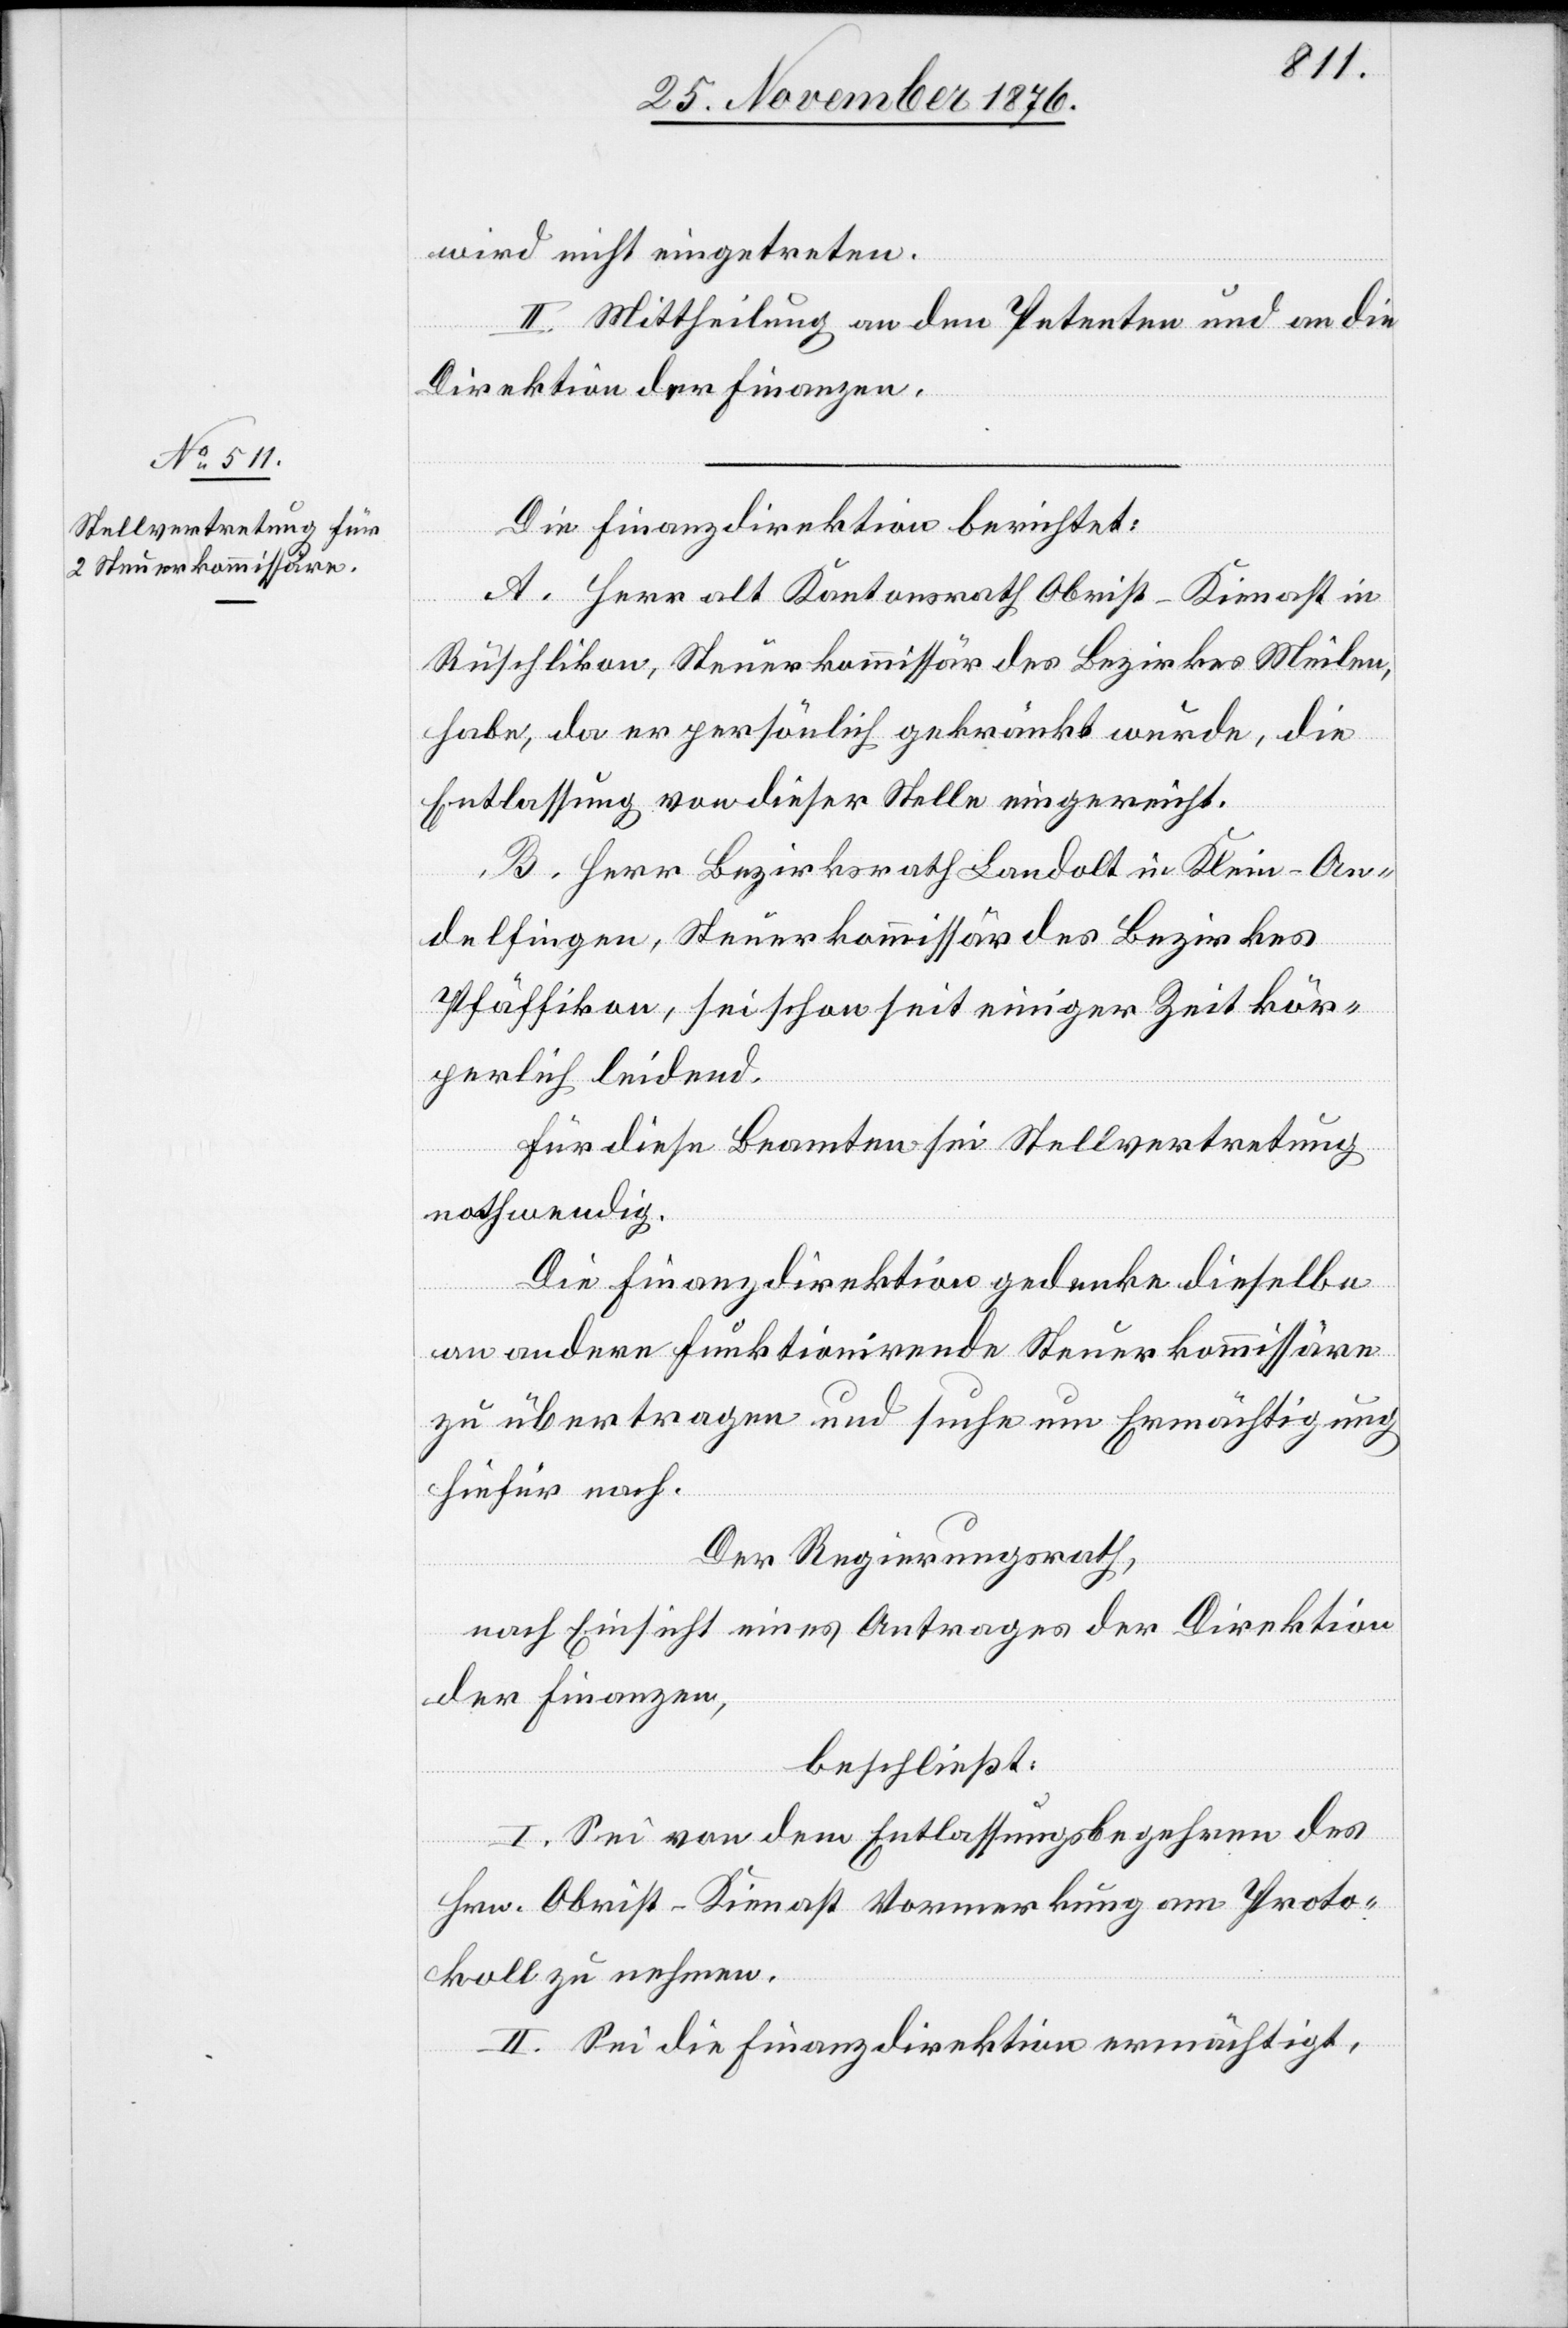
wird nicht eingetreten.
II. Mittheilung an den Petenten und an die
Direktion der Finanzen.
Die Finanzdirektion berichtet:
A. Herr alt Kantonsrath Obrist-Kienast in
Rüschlikon, Steuerkommissär des Bezirkes Meilen,
habe, da er persönlich gekränkt wurde, die
Entlassung von dieser Stelle eingereicht.
B. Herr Bezirksrath Landolt in Klein-An¬
delfingen, Steuerkommissär des Bezirkes
Pfäffikon, sei schon seit einiger Zeit kör¬
perlich leidend.
Für diese Beamten sei Stellvertretung
nothwendig.
Die Finanzdirektion gedenke dieselbe
an andere funktionirende Steuerkommissäre
zu übertragen und suche um Ermächtigung
hiefür nach.
Der Regierungsrath,
nach Einsicht eines Antrages der Direktion
der Finanzen,
beschließt:
I. Sei von dem Entlassungsbegehren des
Hrn. Obrist-Kienast Vormerkung am Proto¬
koll zu nehmen.
II. Sie die Finanzdirektion ermächtigt,